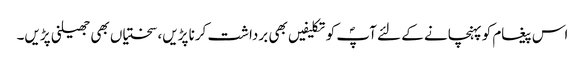
اس پیغام کو پہنچانے کے لئے آپؐ کو تکلیفیں بھی برداشت کرنا پڑیں، سختیاں بھی جھیلنی پڑیں۔